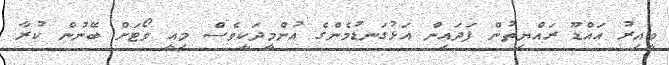
ވީއިރު އައްޑޫ ރައްޔިތުން ފަދައިން އަޅުގަނޑުމެންގެ އުންމީދަކީވެސް މިއީ ވޯޓަށް ބޭނުން ކުރާ